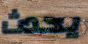
يحدث